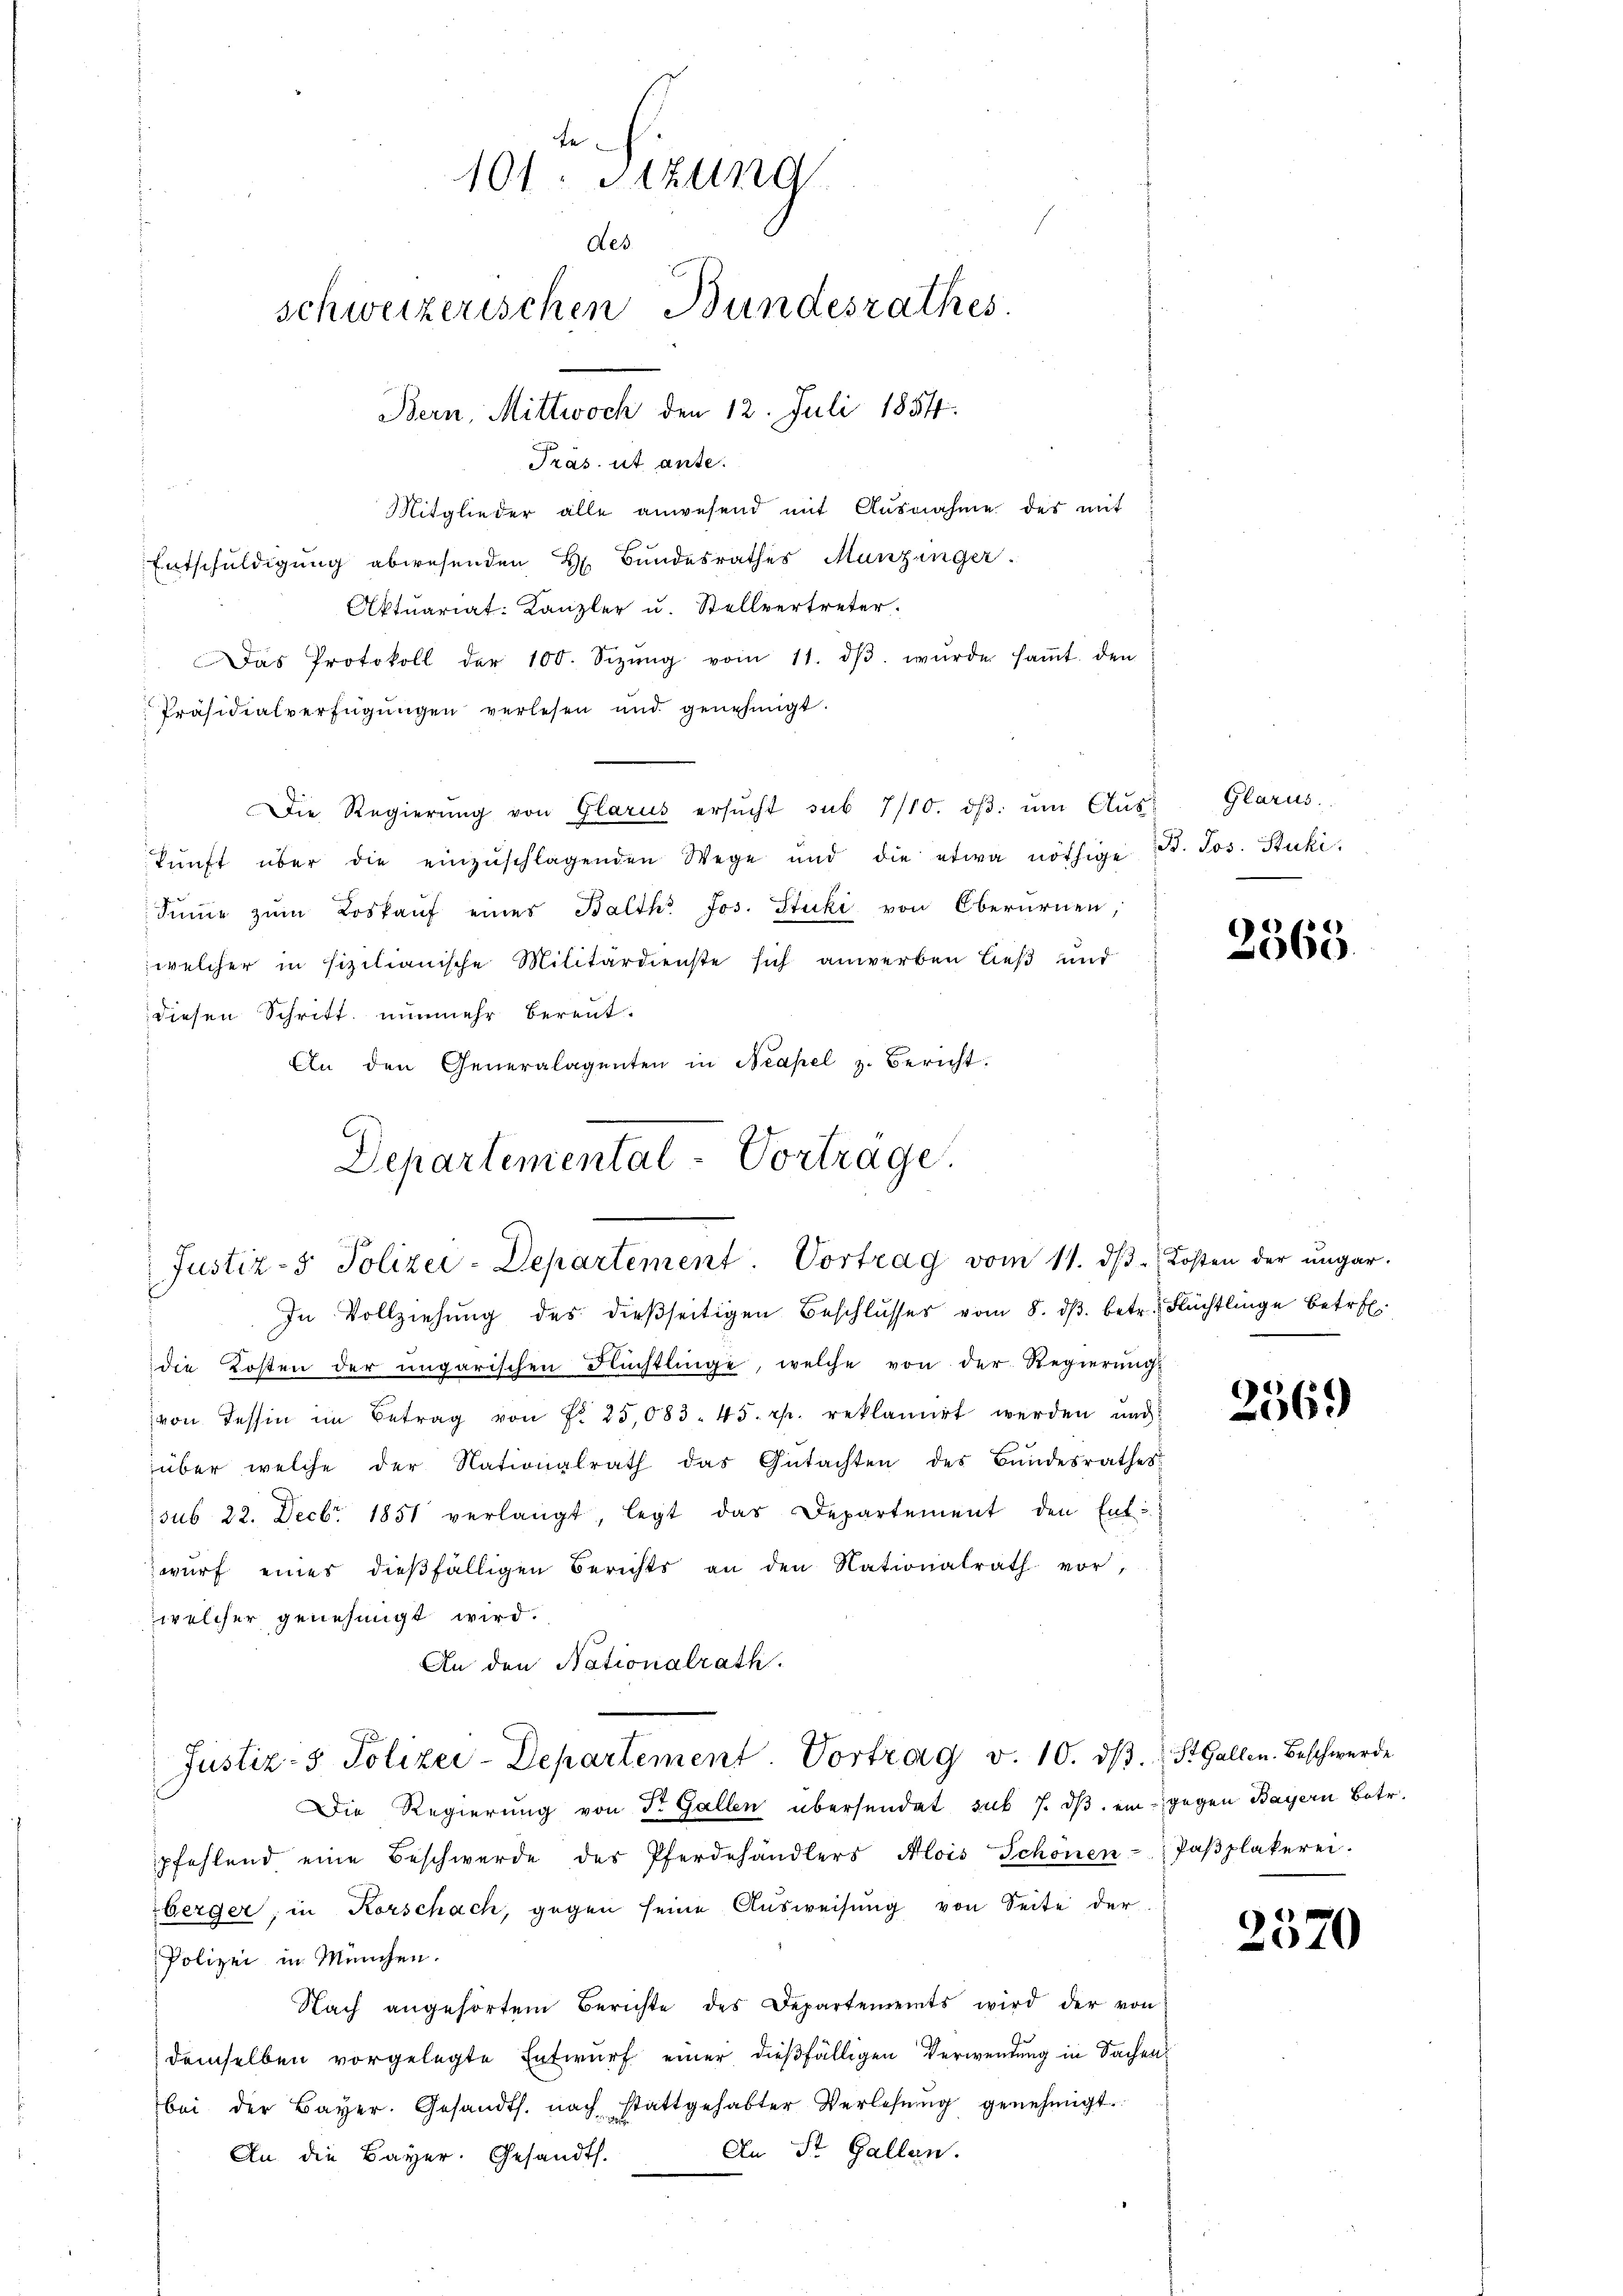
Präs. ut ante.
Mitglieder alle anwesend mit Ausnahme des mit
Entschuldigung abwesenden H. Bundesrathes Munzinger
Aktuariat: Kanzler u. Stellvertreter.
 Das Protokoll der 100. Sizŭng vom 11. dβ. wŭrde saṁt den
Präsidialverfügŭngen verlesen und genehmigt.
Die Regierŭng von Glarus ersŭcht sub 7/10. dβ ŭm Aŭs
kŭnft über die einzŭschlagenden Wege und die etwa nöthige B. Jos. Stuki.
Sinne zum Loskauf eines Balth. Jos. Stuki von Oberurnen,
welcher in fizilianische Militärdienste sich anwerben ließ und
diesen Schritt, nunmehr berent¬
An den Generalagenten in Neapel z. Bericht.
Departemental-Vortrage.
Justiz- Polizei-Departement Vortrag vom 11. dβ. Kosten der ŭngar.

101. Sizung
des
schweizerischen Bundesrathes.
Bern, Mittwoch den 12. Juli 1854.

In Vollziehŭng des dießseitigen Beschlŭsses vom 8. dβ betr. Flüchtlinge betr.
die Kosten der ungarischen Flüchtlinge, welche von der Regierung
von Tessin im Betrag von Fr. 25,083. 45. rp. reklamirt werden und
über welche der Nationalrath das Gŭtachten des Bundesrathes:
sub 22. Decbr. 1851 verlangt, legt das Departement den Entwŭrf eines dießfälligen Berichts an den Nationalrath vor,
welcher genehmigt wird.
An den Nationalrath.
Justiz- & Polizei-Departement. Vortrag v. 10. dβ.
Die Regierung von Dr. Gallen übersendet sub 7. dβ ein
pfehlend eine Beschwerde des Pferdehändlers Alois Schönen-
berger, in Korschach, gegen seine Ausweisung von Seite der
Polizei in München.
Nach angehörtem Berichte des Departements wird der von
demselben vorgelegte Entwurf einer dießfälligen Verwendung in Sachenbei der Bayer. Gesandts. nach stattgehabter Verlesung genehmigt.
An St. Gallen.
An die Bayer. Gesandts.

Glarus.

2365.

2569

St. Gallen. Beschwerde
gegen Bayern Betr.
Paßplakerei.

2570